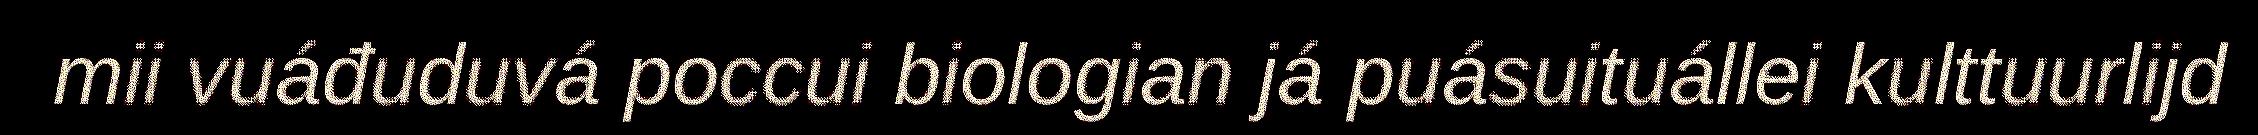
mii vuáđuduvá poccui biologian já puásuituállei kulttuurlijd